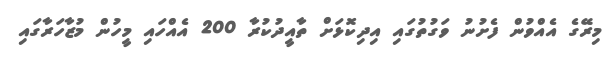
މިރޭގެ އެއްވުން ފެށުނު ވަގުތުގައި އިދިކޮޅަށް ތާއީދުކުރާ 200 އެއްހައި މީހުން މުޒާހަރާގައި